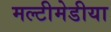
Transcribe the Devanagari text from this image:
मल्टीमेडीया